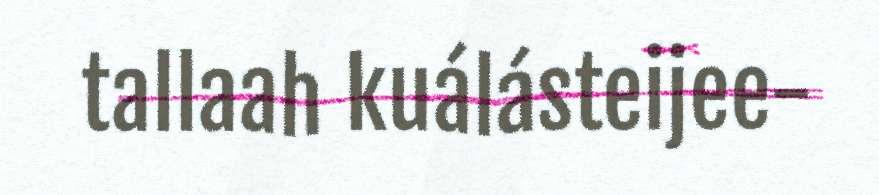
tallaah kuálásteijee-